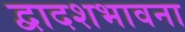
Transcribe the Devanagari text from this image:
द्वादशभावना